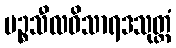
ပဉ္စသီလဝိသာရဒသုတ္တံ